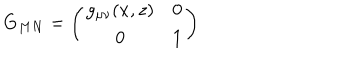
G _ { M N } = \left( \begin{array} { c c } { { g _ { \mu \nu } ( x , z ) } } & { { 0 } } \\ { { 0 } } & { { 1 } } \\ \end{array} \right)